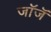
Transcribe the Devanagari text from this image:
जॉजॅ